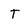
Character: t